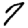
Digit: 7